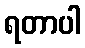
ရတာပါ